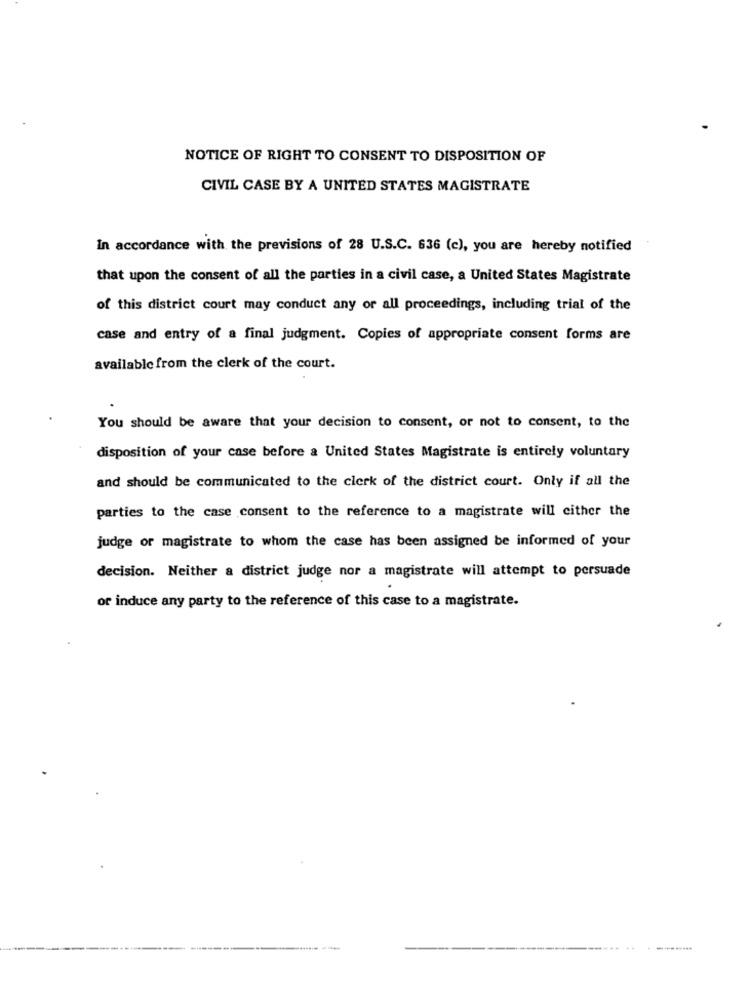
NOTICE OF RIGHT TO CONSENT TO DISPOSITION OF
CIVIL CASE BY A UNITED STATES MAGISTRATE
In accordance with the previsions of 28 U.S.C. 636 (c), you are hereby notified
that upon the consent of all the parties in a civil case, a United States Magistrate
of this district court may conduct any or all proceedings, including trial of the
case and entry of a final judgment. Copies of appropriate consent forms are
available from the clerk of the court.
You should be aware that your decision to consent, or not to consent, to the
disposition of your case before a United States Magistrate is entirely voluntary
and should be communicated to the clerk of the district court. Only if all the
parties to the case consent to the reference to a magistrate will either the
judge or magistrate to whom the case has been assigned be informed of your
decision. Neither a district judge nor a magistrate will attempt to persuade
or induce any party to the reference of this case to a magistrate.
---